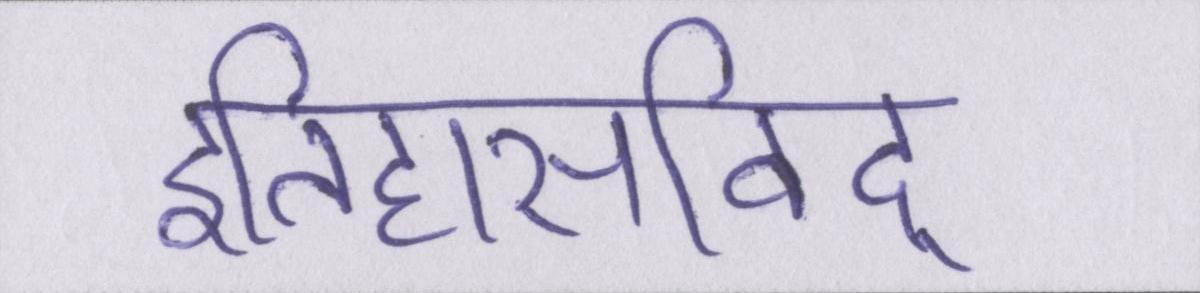
इतिहासविद्